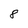
Character: 8